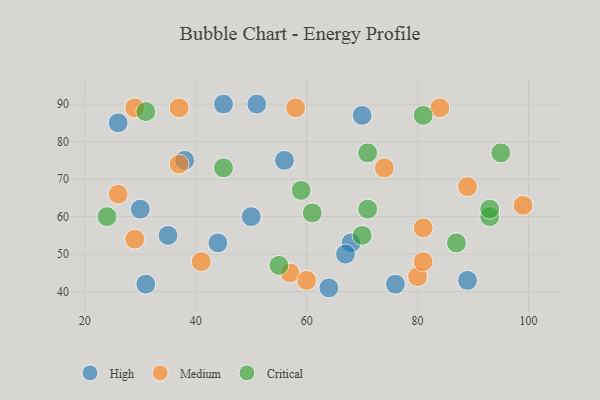
{"axis": {"x": "GDP", "y": "Life Expectancy"}, "legend": ["Critical", "High", "Medium"], "data": [{"x": "70", "y": 87, "type": "High"}, {"x": "44", "y": 53, "type": "High"}, {"x": "76", "y": 42, "type": "High"}, {"x": "45", "y": 90, "type": "High"}, {"x": "35", "y": 55, "type": "High"}, {"x": "26", "y": 85, "type": "High"}, {"x": "50", "y": 60, "type": "High"}, {"x": "38", "y": 75, "type": "High"}, {"x": "51", "y": 90, "type": "High"}, {"x": "31", "y": 42, "type": "High"}, {"x": "56", "y": 75, "type": "High"}, {"x": "89", "y": 43, "type": "High"}, {"x": "68", "y": 53, "type": "High"}, {"x": "64", "y": 41, "type": "High"}, {"x": "30", "y": 62, "type": "High"}, {"x": "67", "y": 50, "type": "High"}, {"x": "80", "y": 44, "type": "Medium"}, {"x": "81", "y": 48, "type": "Medium"}, {"x": "81", "y": 57, "type": "Medium"}, {"x": "57", "y": 45, "type": "Medium"}, {"x": "89", "y": 68, "type": "Medium"}, {"x": "37", "y": 89, "type": "Medium"}, {"x": "29", "y": 54, "type": "Medium"}, {"x": "58", "y": 89, "type": "Medium"}, {"x": "37", "y": 74, "type": "Medium"}, {"x": "99", "y": 63, "type": "Medium"}, {"x": "29", "y": 89, "type": "Medium"}, {"x": "26", "y": 66, "type": "Medium"}, {"x": "41", "y": 48, "type": "Medium"}, {"x": "84", "y": 89, "type": "Medium"}, {"x": "74", "y": 73, "type": "Medium"}, {"x": "60", "y": 43, "type": "Medium"}, {"x": "93", "y": 60, "type": "Critical"}, {"x": "45", "y": 73, "type": "Critical"}, {"x": "31", "y": 88, "type": "Critical"}, {"x": "55", "y": 47, "type": "Critical"}, {"x": "81", "y": 87, "type": "Critical"}, {"x": "71", "y": 62, "type": "Critical"}, {"x": "59", "y": 67, "type": "Critical"}, {"x": "24", "y": 60, "type": "Critical"}, {"x": "70", "y": 55, "type": "Critical"}, {"x": "95", "y": 77, "type": "Critical"}, {"x": "87", "y": 53, "type": "Critical"}, {"x": "61", "y": 61, "type": "Critical"}, {"x": "93", "y": 62, "type": "Critical"}, {"x": "71", "y": 77, "type": "Critical"}]}